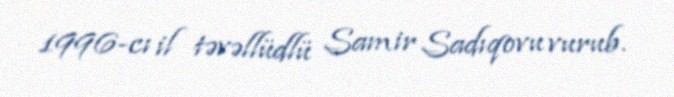
1996-cı il təvəllüdlü Samir Sadıqovu vurub.